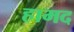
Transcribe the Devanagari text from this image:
हामद